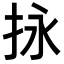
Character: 𢫕